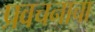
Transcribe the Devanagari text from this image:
प्रवचनाचा